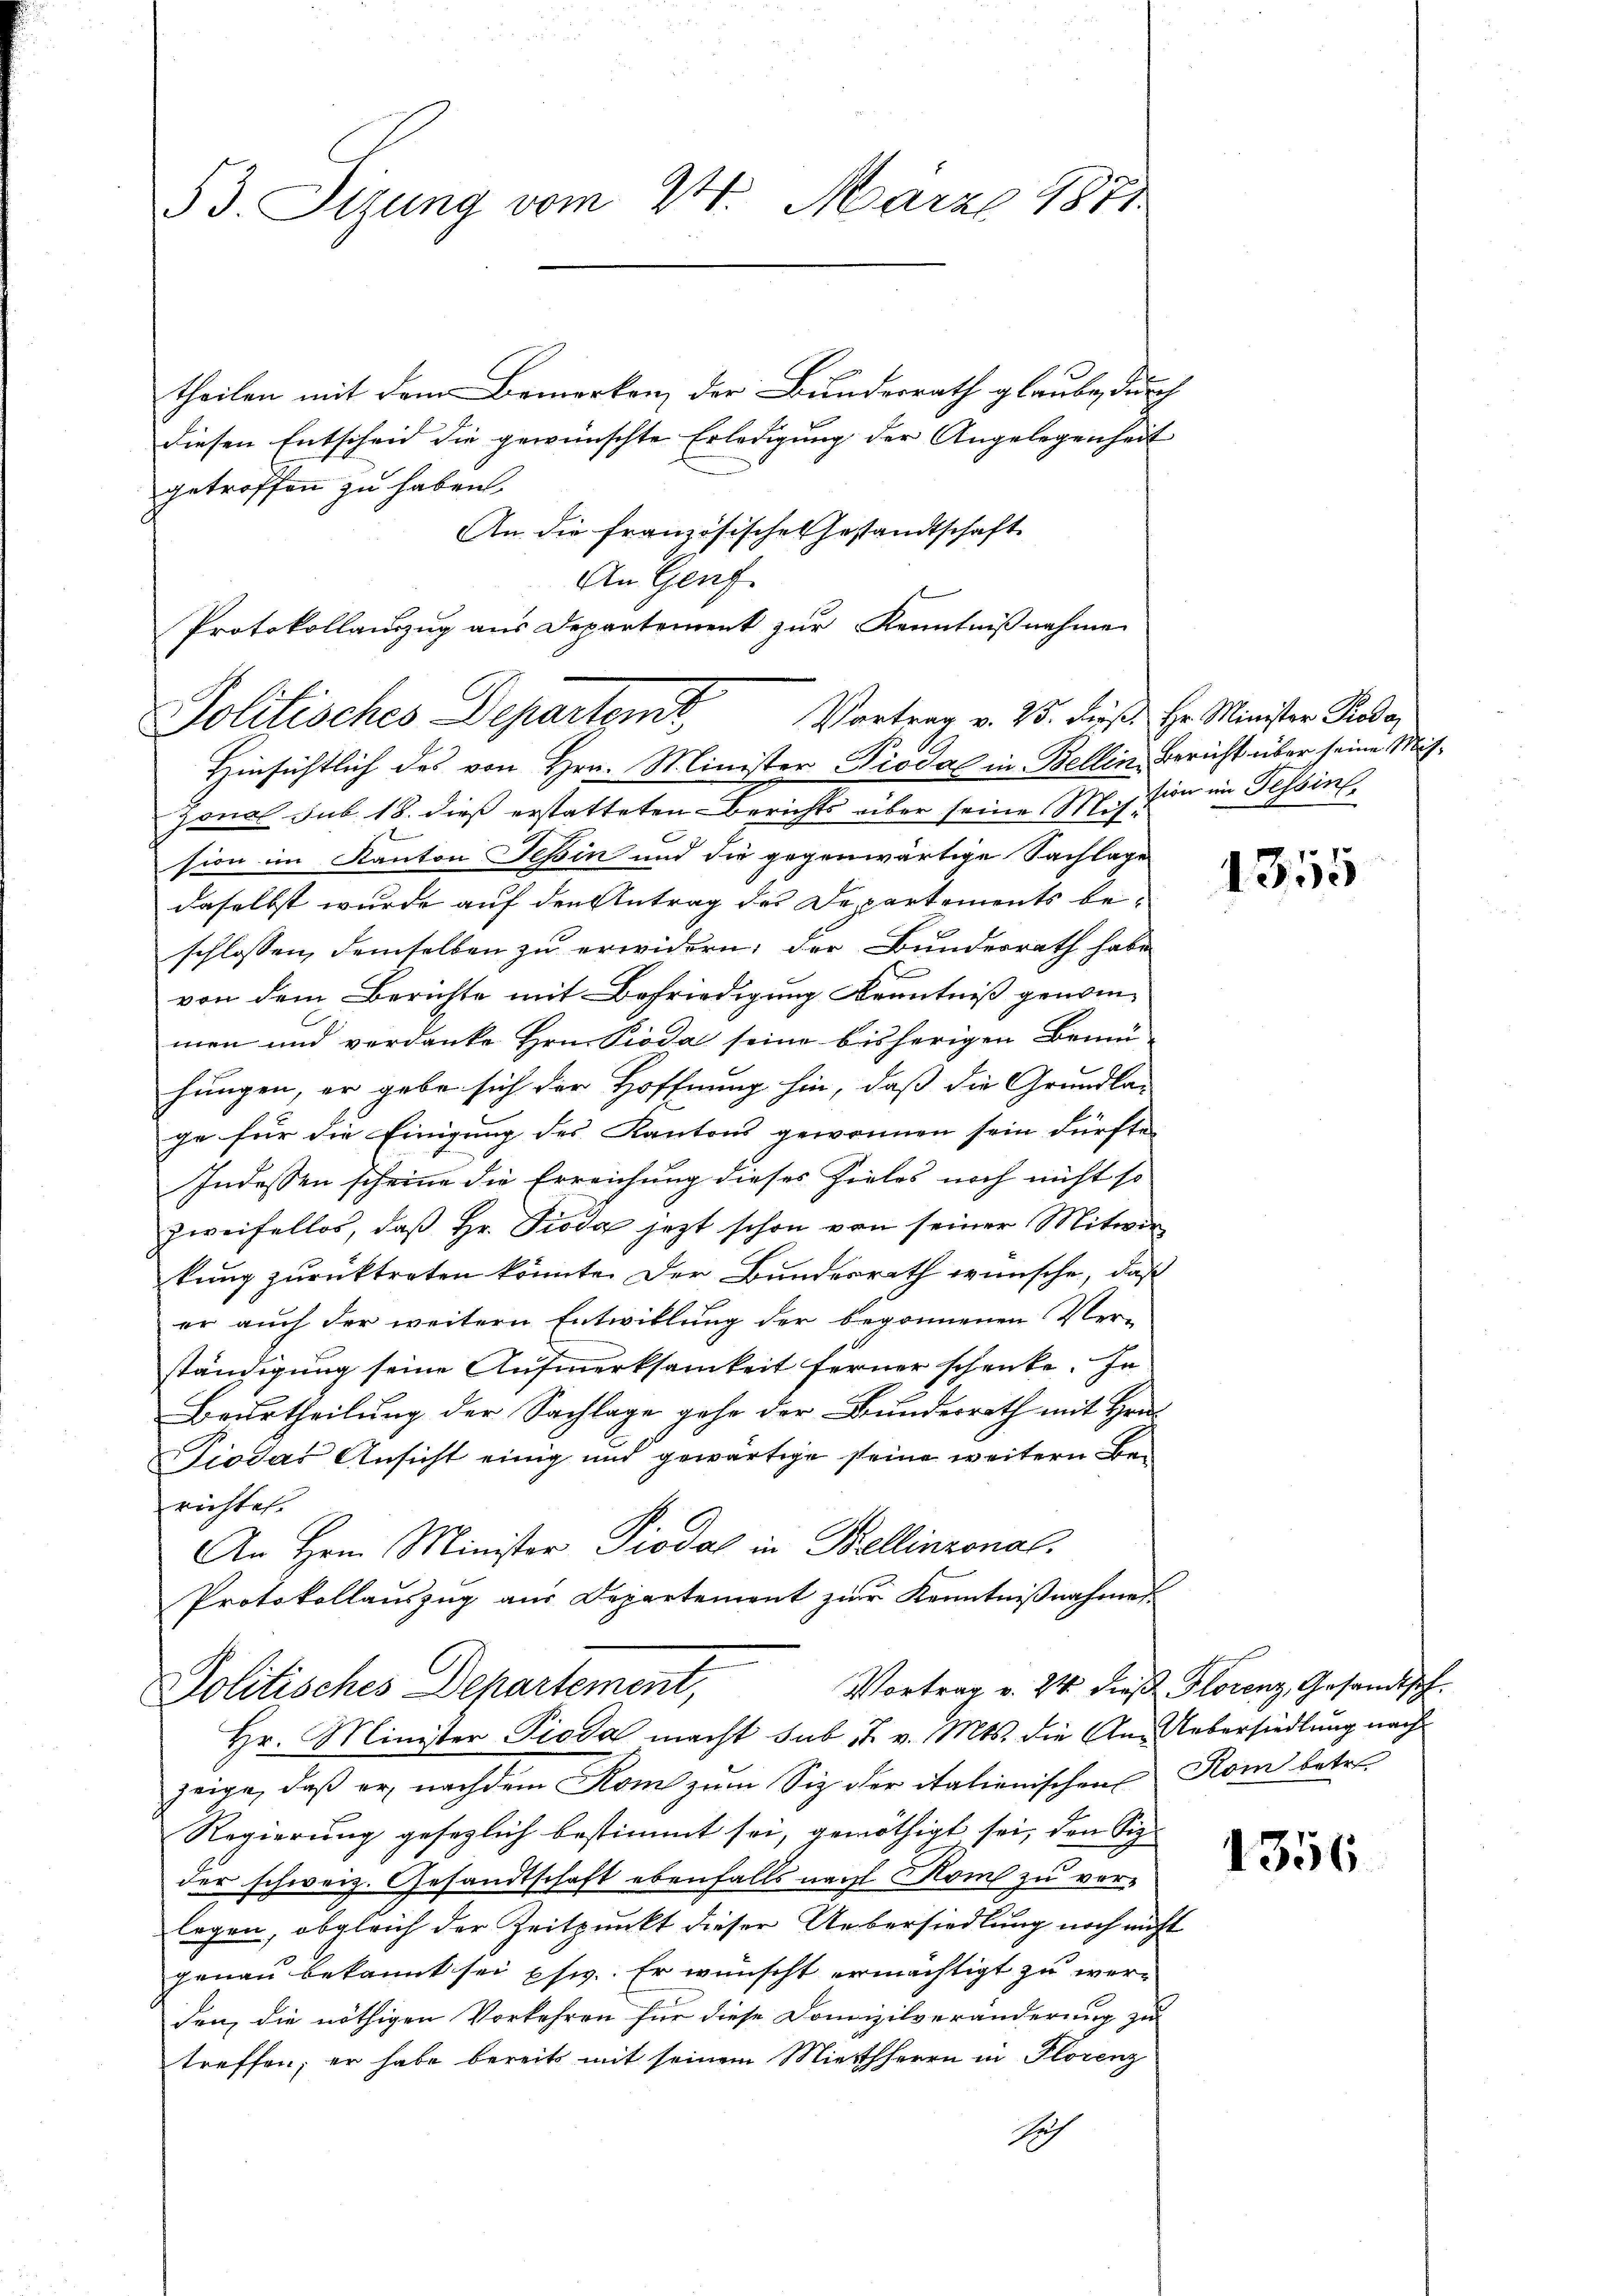
53. Sitzung vom 24. März 1871

theilen mit dem Bemerken, der Bundesrath glaube, durch
diesen Entscheid die gewünschte Erledigung der Angelegenheit
getroffen zu haben.
An die französische Gestandtschaft
An Genf
Protokollanzug aus Departement zur Kenntnißnahme

Vortrag v. 25. dieß. Hr. Minister Prode
Politisches Departent,
Hinsichtlich des von Hrn. Minister Piodal in Bellin, Bericht über seine Mit¬

Zonal sub 18. dieß erstatteten Berichts über seine Mission im Tessin
sion im Kanton Tessin und die gegenwärtige Sachlage
daselbst wurde auf den Antrag des Departements beschlossen, demselben zu erwidern; der Bundesrath habe
von dem Berichte mit Befriedigung Kenntniß genom-
men und verdanke Hrn. Pioda seine bisherigen Bemü
hungen, er gebe sich der Hoffnung hin, daß die Grundla-
ge für die Einigung des Kantons gewonnen sein dürfte,
Indessen scheine die Erreichung dieses Zieles noch nicht so
Zweifellos, daß Hr. Pioda jezt schon von seiner Mitwirkung zurücktreten könnte. Der Bundesrath wünsche, daß
er auch der weitern Entwillung der begonnenen Ver-
ständigung seine Aufmerksamkeit ferner schenke. In
Beurtheilung der Sachlage gehe der Bundesrath mit Hrn.
Diodas Ansicht einig und gewärtige seine weitern Berichtet.
An Hrn. Minister Piodal in Bellinzonal.
Protokollauszug aus Departement zur Kenntnißnahmen

Politisches Departement,
Hr. Minister Pioda macht sub J. v. Mts. die An-Uebersiedlung nach

zeige, daß er nachdem Rom zum Siz der italienischen Rom betre
Regierung gesezlich bestimmt sei, genöthigt sei, den Siz-
der schweiz. Gesandtschaft ebenfalls nach Rom zu vorlegen, obgleich der Zeitpunkt dieser Uebersiedlung noch nicht
genau bekannt sei psi. Er wünscht ermächtigt zu wer-
den, die nöthigen Vorkehren für diese Domizilveränderung zu
treffen; er habe bereits mit seinem Mietherrn in Florenz
Nah

1355

h
Vortrag v. 24 dieß Glorenz, Gesandtsch.

1356